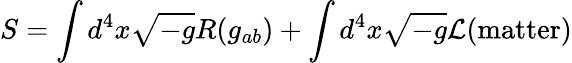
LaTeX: S=\int d^{4}x\sqrt{-g}R(g_{ab})+\int d^{4}x\sqrt{-g}{\cal L}(\mathrm{matter})